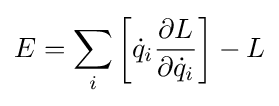
E=\sum _{i}\left[{\dot {q}}_{i}{\frac {\partial L}{\partial {\dot {q}}_{i}}}\right]-L